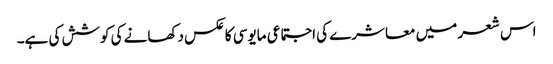
اس شعر میں معاشرے کی اجتماعی مایوسی کا عکس دکھانے کی کوشش کی ہے۔